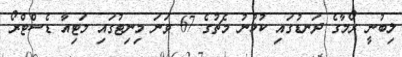
ލިބުނީ ރޯމާގެ ދަނޑުގައި ކުޅުނު މެޗުގެ 67 ވަނަ މިނިޓުގައި މަޓިއާ ޑެސްޓްރޯ